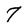
Character: 7